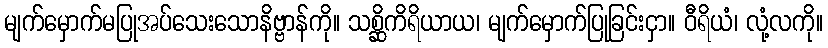
မျက်မှောက်မပြုအပ်သေးသောနိဗ္ဗာန်ကို။ သစ္ဆိကိရိယာယ၊ မျက်မှောက်ပြုခြင်းငှာ။ ဝီရိယံ၊ လုံ့လကို။